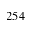
2 5 4